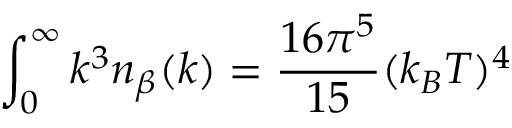
\int _ { 0 } ^ { \infty } k ^ { 3 } n _ { \beta } ( k ) = \frac { 1 6 \pi ^ { 5 } } { 1 5 } ( k _ { B } T ) ^ { 4 }